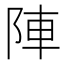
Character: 陣